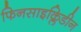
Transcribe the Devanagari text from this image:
फिनसाइक्लिडीन